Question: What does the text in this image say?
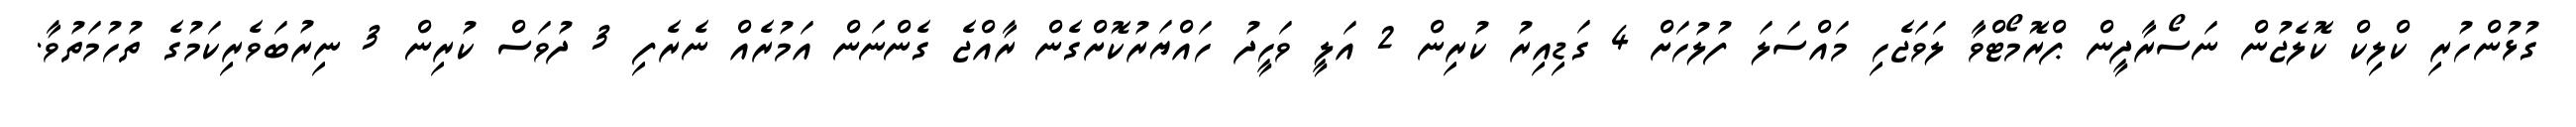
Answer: ގުޅުންހުރި ކްލިކް ކޮލެޖުން ނަސޯރާދީން ޕްރޮމޯޓްވާ ލަވަޖެހި މައްސަލަ ފުލުހަށް 4 ގަޑިއިރު ކުރިން 2 އަލީ ވަހީދު ހައްޔަރުކޮށްގެން ރާއްޖެ ގެންނަން އަމުރެއް ނެރެފި 3 ދުވަސް ކުރިން 3 ނިރުބަވެރިކަމުގެ ތުހުމަތުވާ.